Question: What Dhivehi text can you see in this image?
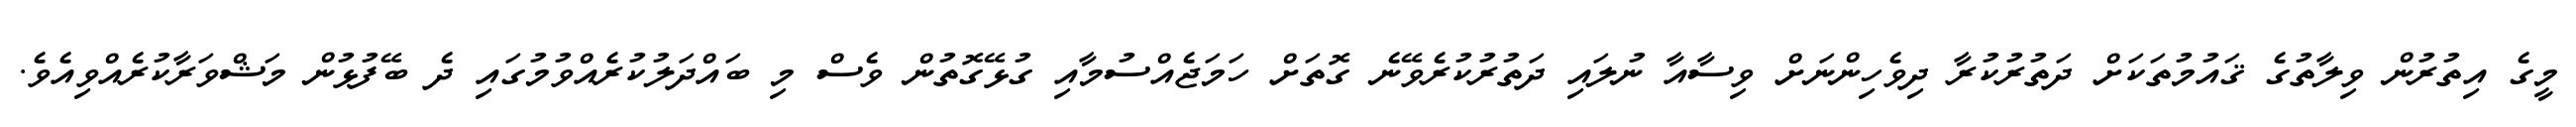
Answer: މީގެ އިތުރުން ވިލާތުގެ ޤައުމުތަކަށް ދަތުރުކުރާ ދިވެހިންނަށް ވިސާއާ ނުލައި ދަތުރުކުރެވޭނެ ގޮތަށް ހަމަޖެއްސުމާއި ގުޅޭގޮތުން ވެސް މި ބައްދަލުކުރެއްވުމުގައި ދެ ބޭފުޅުން މަޝްވަރާކުރެއްވިއެވެ.